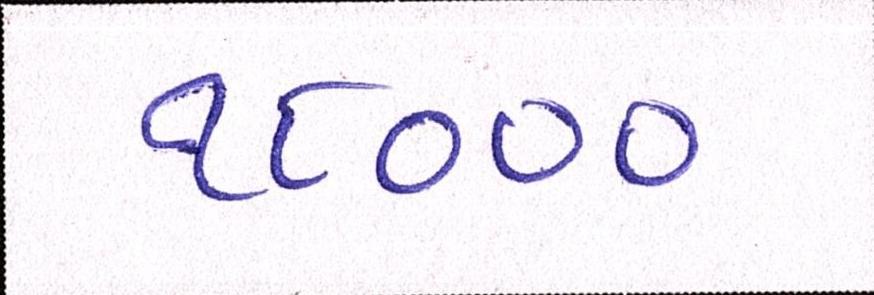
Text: ૧૮૦૦૦